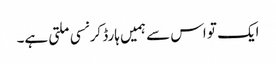
ایک تو اس سے ہمیں ہارڈ کرنسی ملتی ہے۔